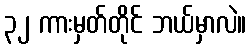
၃၂ ကားမှတ်တိုင် ဘယ်မှာလဲ။